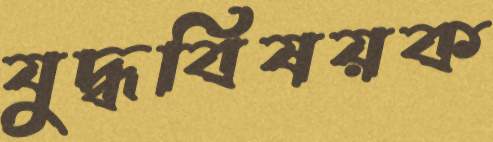
যুদ্ধবিষয়ক